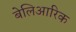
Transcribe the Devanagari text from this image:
बेलिआरिक